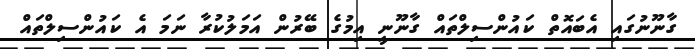
ގާނޫނުގައި އެބައޮތް ކައުންސިލްތައް ގާނޫނީ އިމުގެ ބޭރުން އަމަލުކުރާ ނަމަ އެ ކައުންސިލްތައް